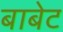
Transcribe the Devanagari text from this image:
बाबेट